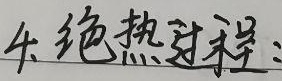
4. 绝热过程：